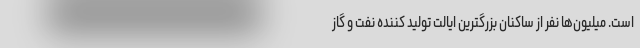
است. میلیون‌ها نفر از ساکنان بزرگترین ایالت تولید کننده نفت و گاز